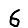
Digit: 6